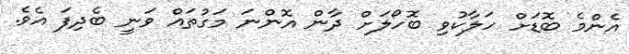
އެންމެ ބޮޑަށް ހަލާކުވި ބޮހޯލަށް ދާން އޮންނަ މަގުތައް ވަނީ ބެދިފަ އެވެ.